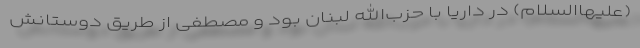
(علیهاالسلام) در داریا با حزب‌الله لبنان بود و مصطفی از طریق دوستانش